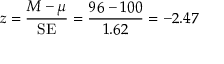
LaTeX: z = { \frac { M - \mu } { \mathrm { S E } } } = { \frac { 9 6 - 1 0 0 } { 1 . 6 2 } } = - 2 . 4 7 \,